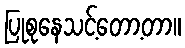
ပြုစုနေသင့်တော့တာ။